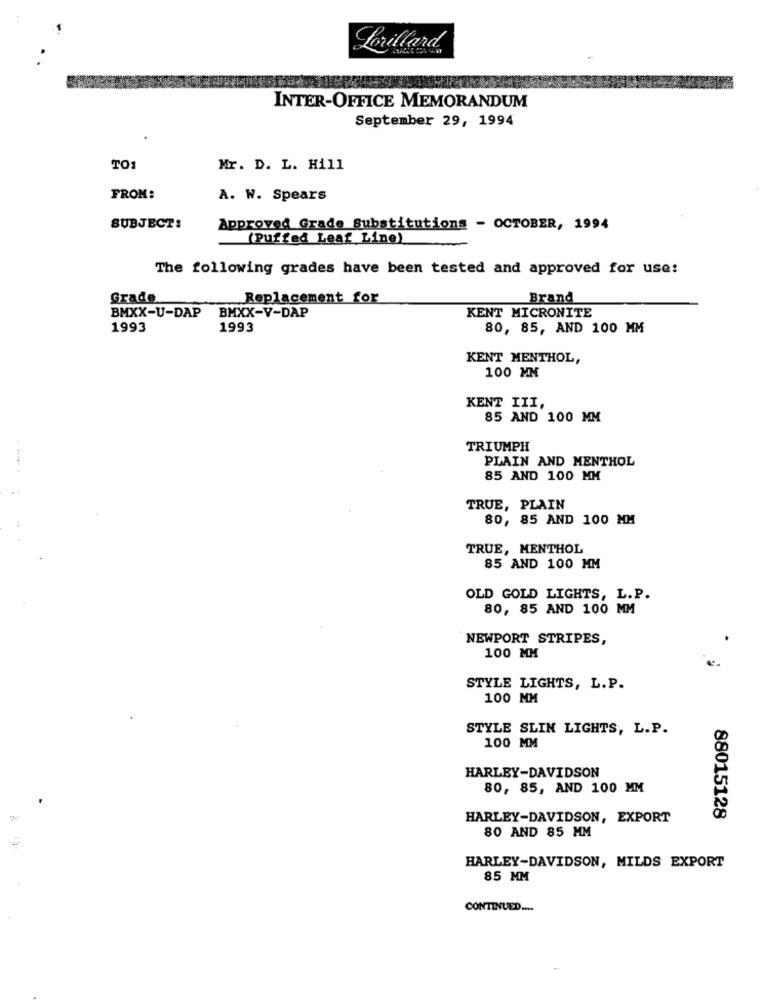
Lorillard
INTER-OFFICE MEMORANDUM
September 29, 1994
TO1
Mr. D. L. Hill
FROM:
A. W. Spears
SUBJECT:
Approved Grade Substitutions - OCTOBER, 1994
(Puffed Leaf Line)
The following grades have been tested and approved for use:
Grade
Replacement for
Brand
BMXX-U-DAP
BMXX-V-DAP
KENT MICRONITE
1993
1993
80, 85, AND 100 MM
KENT MENTHOL,
100 MM
KENT III,
85 AND 100 MM
TRIUMPH
PLAIN AND MENTHOL
85 AND 100 MM
TRUE, PLAIN
80, 85 AND 100 MM
TRUE, MENTHOL
85 AND 100 MM
OLD GOLD LIGHTS, L.P.
80, 85 AND 100 MM
NEWPORT STRIPES,
100 MM
STYLE LIGHTS, L.P.
100 MM
STYLE SLIN LIGHTS, L.P.
100 MM
HARLEY-DAVIDSON
80, 85, AND 100 MM
HARLEY-DAVIDSON, EXPORT
88015128
80 AND 85 MM
HARLEY-DAVIDSON, MILDS EXPORT
85 MM
CONTINUED ....